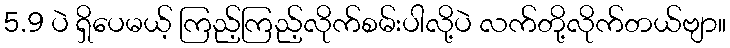
5.9 ပဲ ရှိပေမယ့် ကြည့်ကြည့်လိုက်စမ်းပါလို့ပဲ လက်တို့လိုက်တယ်ဗျာ။